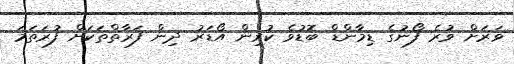
ވަރަށް ވުރެ ފޯނުގެ ޑިމާންޑް ބޮޑުވެ ކުރިން އޯޑަރު ދިން ފަރާތްތަކަށް ފުރަތަމަ